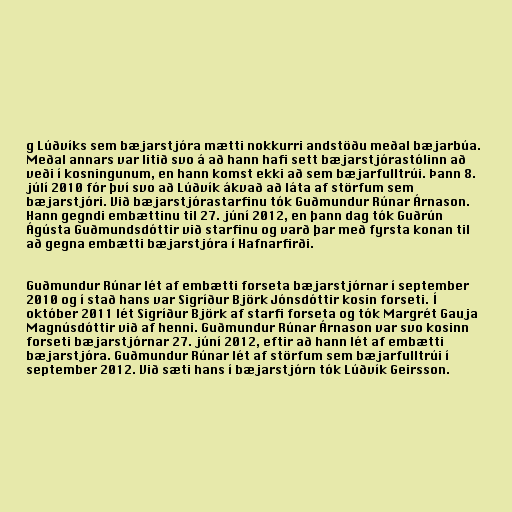
g Lúðvíks sem bæjarstjóra mætti nokkurri andstöðu meðal bæjarbúa.
Meðal annars var litið svo á að hann hafi sett bæjarstjórastólinn að
veði í kosningunum, en hann komst ekki að sem bæjarfulltrúi. Þann 8.
júlí 2010 fór því svo að Lúðvík ákvað að láta af störfum sem
bæjarstjóri. Við bæjarstjórastarfinu tók Guðmundur Rúnar Árnason.
Hann gegndi embættinu til 27. júní 2012, en þann dag tók Guðrún
Ágústa Guðmundsdóttir við starfinu og varð þar með fyrsta konan til
að gegna embætti bæjarstjóra í Hafnarfirði.

Guðmundur Rúnar lét af embætti forseta bæjarstjórnar í september
2010 og í stað hans var Sigríður Björk Jónsdóttir kosin forseti. Í
október 2011 lét Sigríður Björk af starfi forseta og tók Margrét Gauja
Magnúsdóttir við af henni. Guðmundur Rúnar Árnason var svo kosinn
forseti bæjarstjórnar 27. júní 2012, eftir að hann lét af embætti
bæjarstjóra. Guðmundur Rúnar lét af störfum sem bæjarfulltrúi í
september 2012. Við sæti hans í bæjarstjórn tók Lúðvík Geirsson.